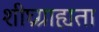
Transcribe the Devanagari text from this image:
शीघ्रग्राह्यता